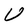
Character: U